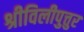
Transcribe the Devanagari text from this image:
श्रीविलीपुत्तुर